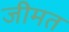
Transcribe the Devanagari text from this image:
जीमत